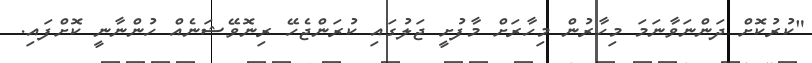
"ކުރުކޮށް ދަންނަވާނަމަ މިހާރުން މިހާރަށް މާފުށީ ޖަލުގައި ކުރަންޖެހޭ ރިނޮވޭޝަނެއް ހުންނާނީ ކޮށްފައި.